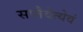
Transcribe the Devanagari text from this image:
सप्तैवेत्येवं